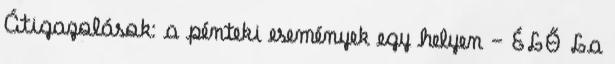
Átigazolások: a pénteki események egy helyen – ÉLŐ La